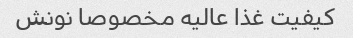
کیفیت غذا عالیه مخصوصا نونش